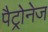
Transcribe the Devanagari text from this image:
पैट्रोनेज